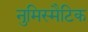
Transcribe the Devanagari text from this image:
नुमिस्मैटिक